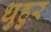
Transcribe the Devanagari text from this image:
धुहुर